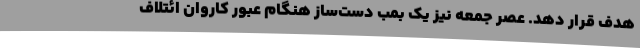
هدف قرار دهد. عصر جمعه نیز یک بمب دست‌ساز هنگام عبور کاروان ائتلاف